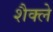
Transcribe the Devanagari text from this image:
शैक्ले